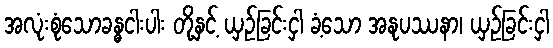
အလုံးစုံသောခန္ဓငါးပါး တို့နှင့် ယှဉ်ခြင်းငှါ ခံ့သော အနုပဿနာ၊ ယှဉ်ခြင်းငှါ